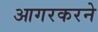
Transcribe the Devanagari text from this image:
आगरकरने